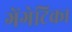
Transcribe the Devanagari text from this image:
गेंगेटिका